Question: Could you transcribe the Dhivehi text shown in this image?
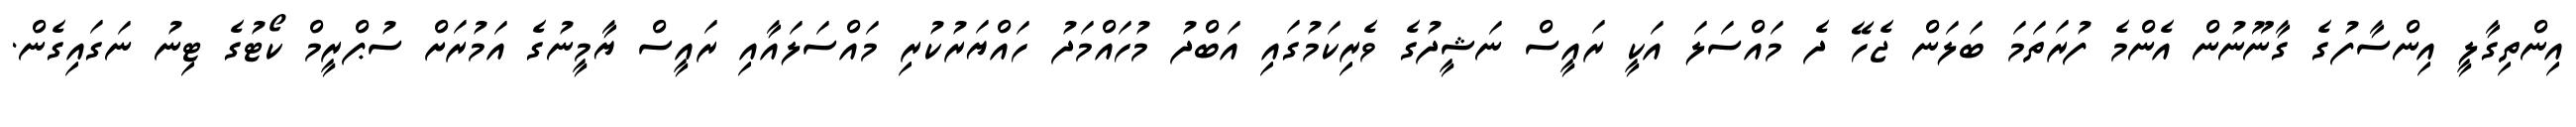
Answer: އިންތިގާލީ އިންސާފުގެ ގާނޫނުން އެންމެ ފުރަތަމަ ބަލަން ޖެހޭ ދެ މައްސަލަ އަކީ ރައީސް ނަޝީދުގެ ވެރިކަމުގައި އަބްދު މުހައްމަދު ހައްޔަރުކުރި މައްސަލައާއި ރައީސް ޔާމީނުގެ އަމުރަށް ސުޕްރީމް ކޯޓުގެ ޓިނު ނަގައިގެން.